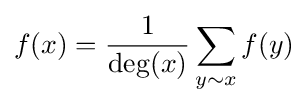
f(x)={\frac {1}{\deg(x)}}\sum _{y\sim x}f(y)